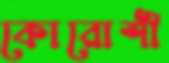
কোরোশী